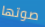
صوتها